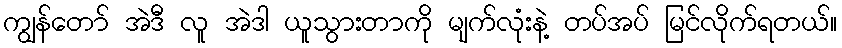
ကျွန်တော် အဲဒီ လူ အဲဒါ ယူသွားတာကို မျက်လုံးနဲ့ တပ်အပ် မြင်လိုက်ရတယ်။